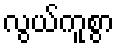
လွယ်ကူစွာ